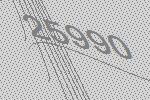
25990